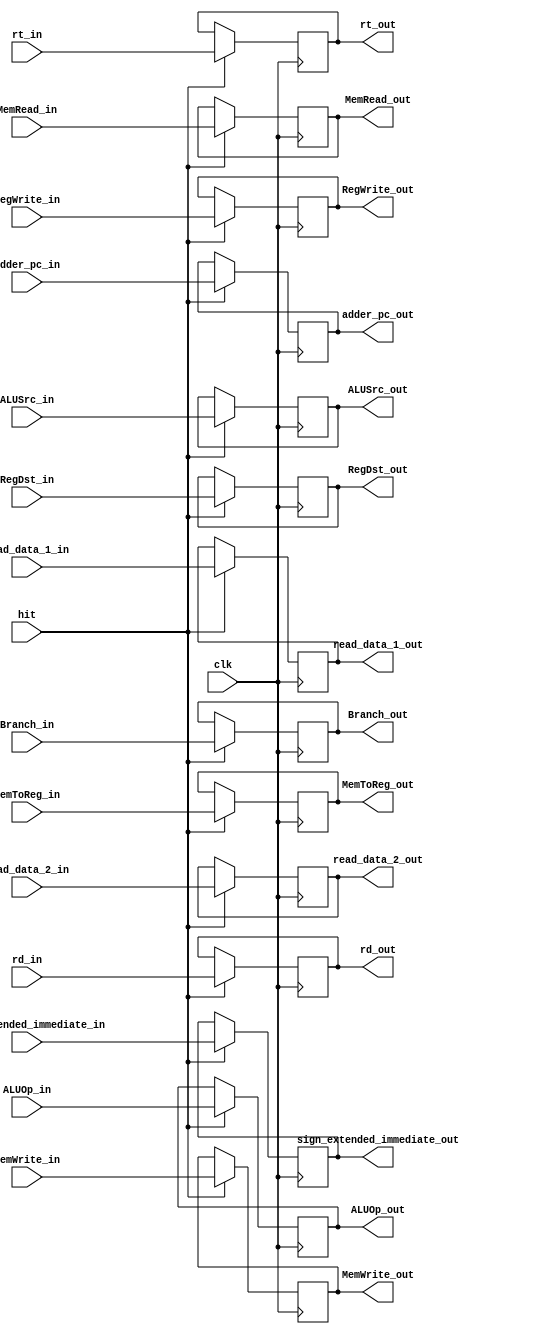
`timescale 1ns / 1ps
//////////////////////////////////////////////////////////////////////////////////
// Company: 
// Engineer: 
// 
// Design Name: 
// Module Name:    ID_EX 
// Project Name: 
// Target Devices: 
// Tool versions: 
// Description: 
//
// Dependencies: 
//
// Revision: 
// Revision 0.01 - File Created
// Additional Comments: 
//
//////////////////////////////////////////////////////////////////////////////////
module ID_EX(
	input clk,
	input [15:0] adder_pc_in,
	input [15:0] read_data_1_in, 
	input [15:0] read_data_2_in,
	input [15:0] sign_extended_immediate_in,
	input [2:0] rt_in, 
	input [2:0] rd_in,
	input hit,
	// Control Unit Input
	input RegDst_in, 
	input ALUSrc_in, 
	input MemToReg_in, 
	input RegWrite_in, 
	input MemRead_in, 
	input MemWrite_in, 
	input Branch_in,
	input [1:0] ALUOp_in,
	
	output reg [15:0] adder_pc_out,
	output reg [15:0] read_data_1_out, 
	output reg [15:0] read_data_2_out,
	output reg [15:0] sign_extended_immediate_out,
	output reg [2:0] rt_out, 
	output reg [2:0] rd_out,
	// Control Unit Output
	output reg RegDst_out, 
	output reg ALUSrc_out, 
	output reg MemToReg_out, 
	output reg RegWrite_out, 
	output reg MemRead_out, 
	output reg MemWrite_out, 
	output reg Branch_out,
	output reg [1:0] ALUOp_out
    );
	
	
	initial begin 
		Branch_out = 0;
		MemToReg_out = 0;
	end
	
	
	//Read
	always @ (negedge clk)
	begin
		if (hit) begin
			adder_pc_out 					 <= adder_pc_in;
			read_data_1_out				 <= read_data_1_in;
			read_data_2_out 				 <= read_data_2_in;
			sign_extended_immediate_out <= sign_extended_immediate_in;
			rt_out 							 <= rt_in; 
			rd_out 							 <= rd_in;
			RegDst_out						 <= RegDst_in;
			ALUSrc_out						 <= ALUSrc_in;
			MemToReg_out					 <= MemToReg_in;
			RegWrite_out				    <= RegWrite_in;
			MemRead_out						 <= MemRead_in;
			MemWrite_out					 <= MemWrite_in;
			Branch_out						 <= Branch_in;
			ALUOp_out						 <= ALUOp_in;
		end
	end
endmodule